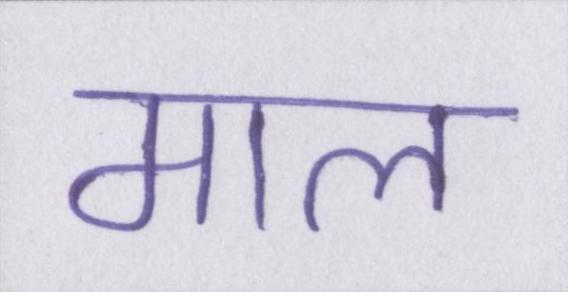
माल